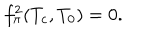
LaTeX: f _ { \pi } ^ { 2 } ( T _ { c } , T _ { 0 } ) = 0 .